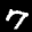
Label: 7